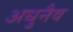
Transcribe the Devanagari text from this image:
अधुनैव